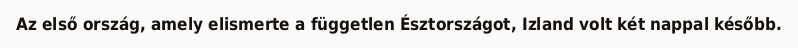
Az első ország, amely elismerte a független Észtországot, Izland volt két nappal később.